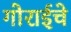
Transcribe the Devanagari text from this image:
गोराईचे